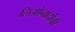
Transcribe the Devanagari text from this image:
लिओनार्दोची